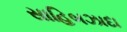
સાહિબઝાદા